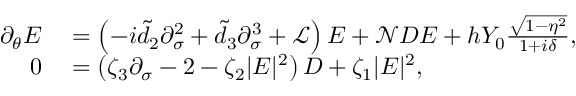
\begin{array} { r l } { \partial _ { \theta } E } & { { } = \left( - i \tilde { d } _ { 2 } \partial _ { \sigma } ^ { 2 } + \tilde { d } _ { 3 } \partial _ { \sigma } ^ { 3 } + \mathcal { L } \right) E + \mathcal { N } D E + h Y _ { 0 } \frac { \sqrt { 1 - \eta ^ { 2 } } } { 1 + i \delta } , } \\ { 0 } & { { } = \left( \zeta _ { 3 } \partial _ { \sigma } - 2 - \zeta _ { 2 } | E | ^ { 2 } \right) D + \zeta _ { 1 } | E | ^ { 2 } , } \end{array}